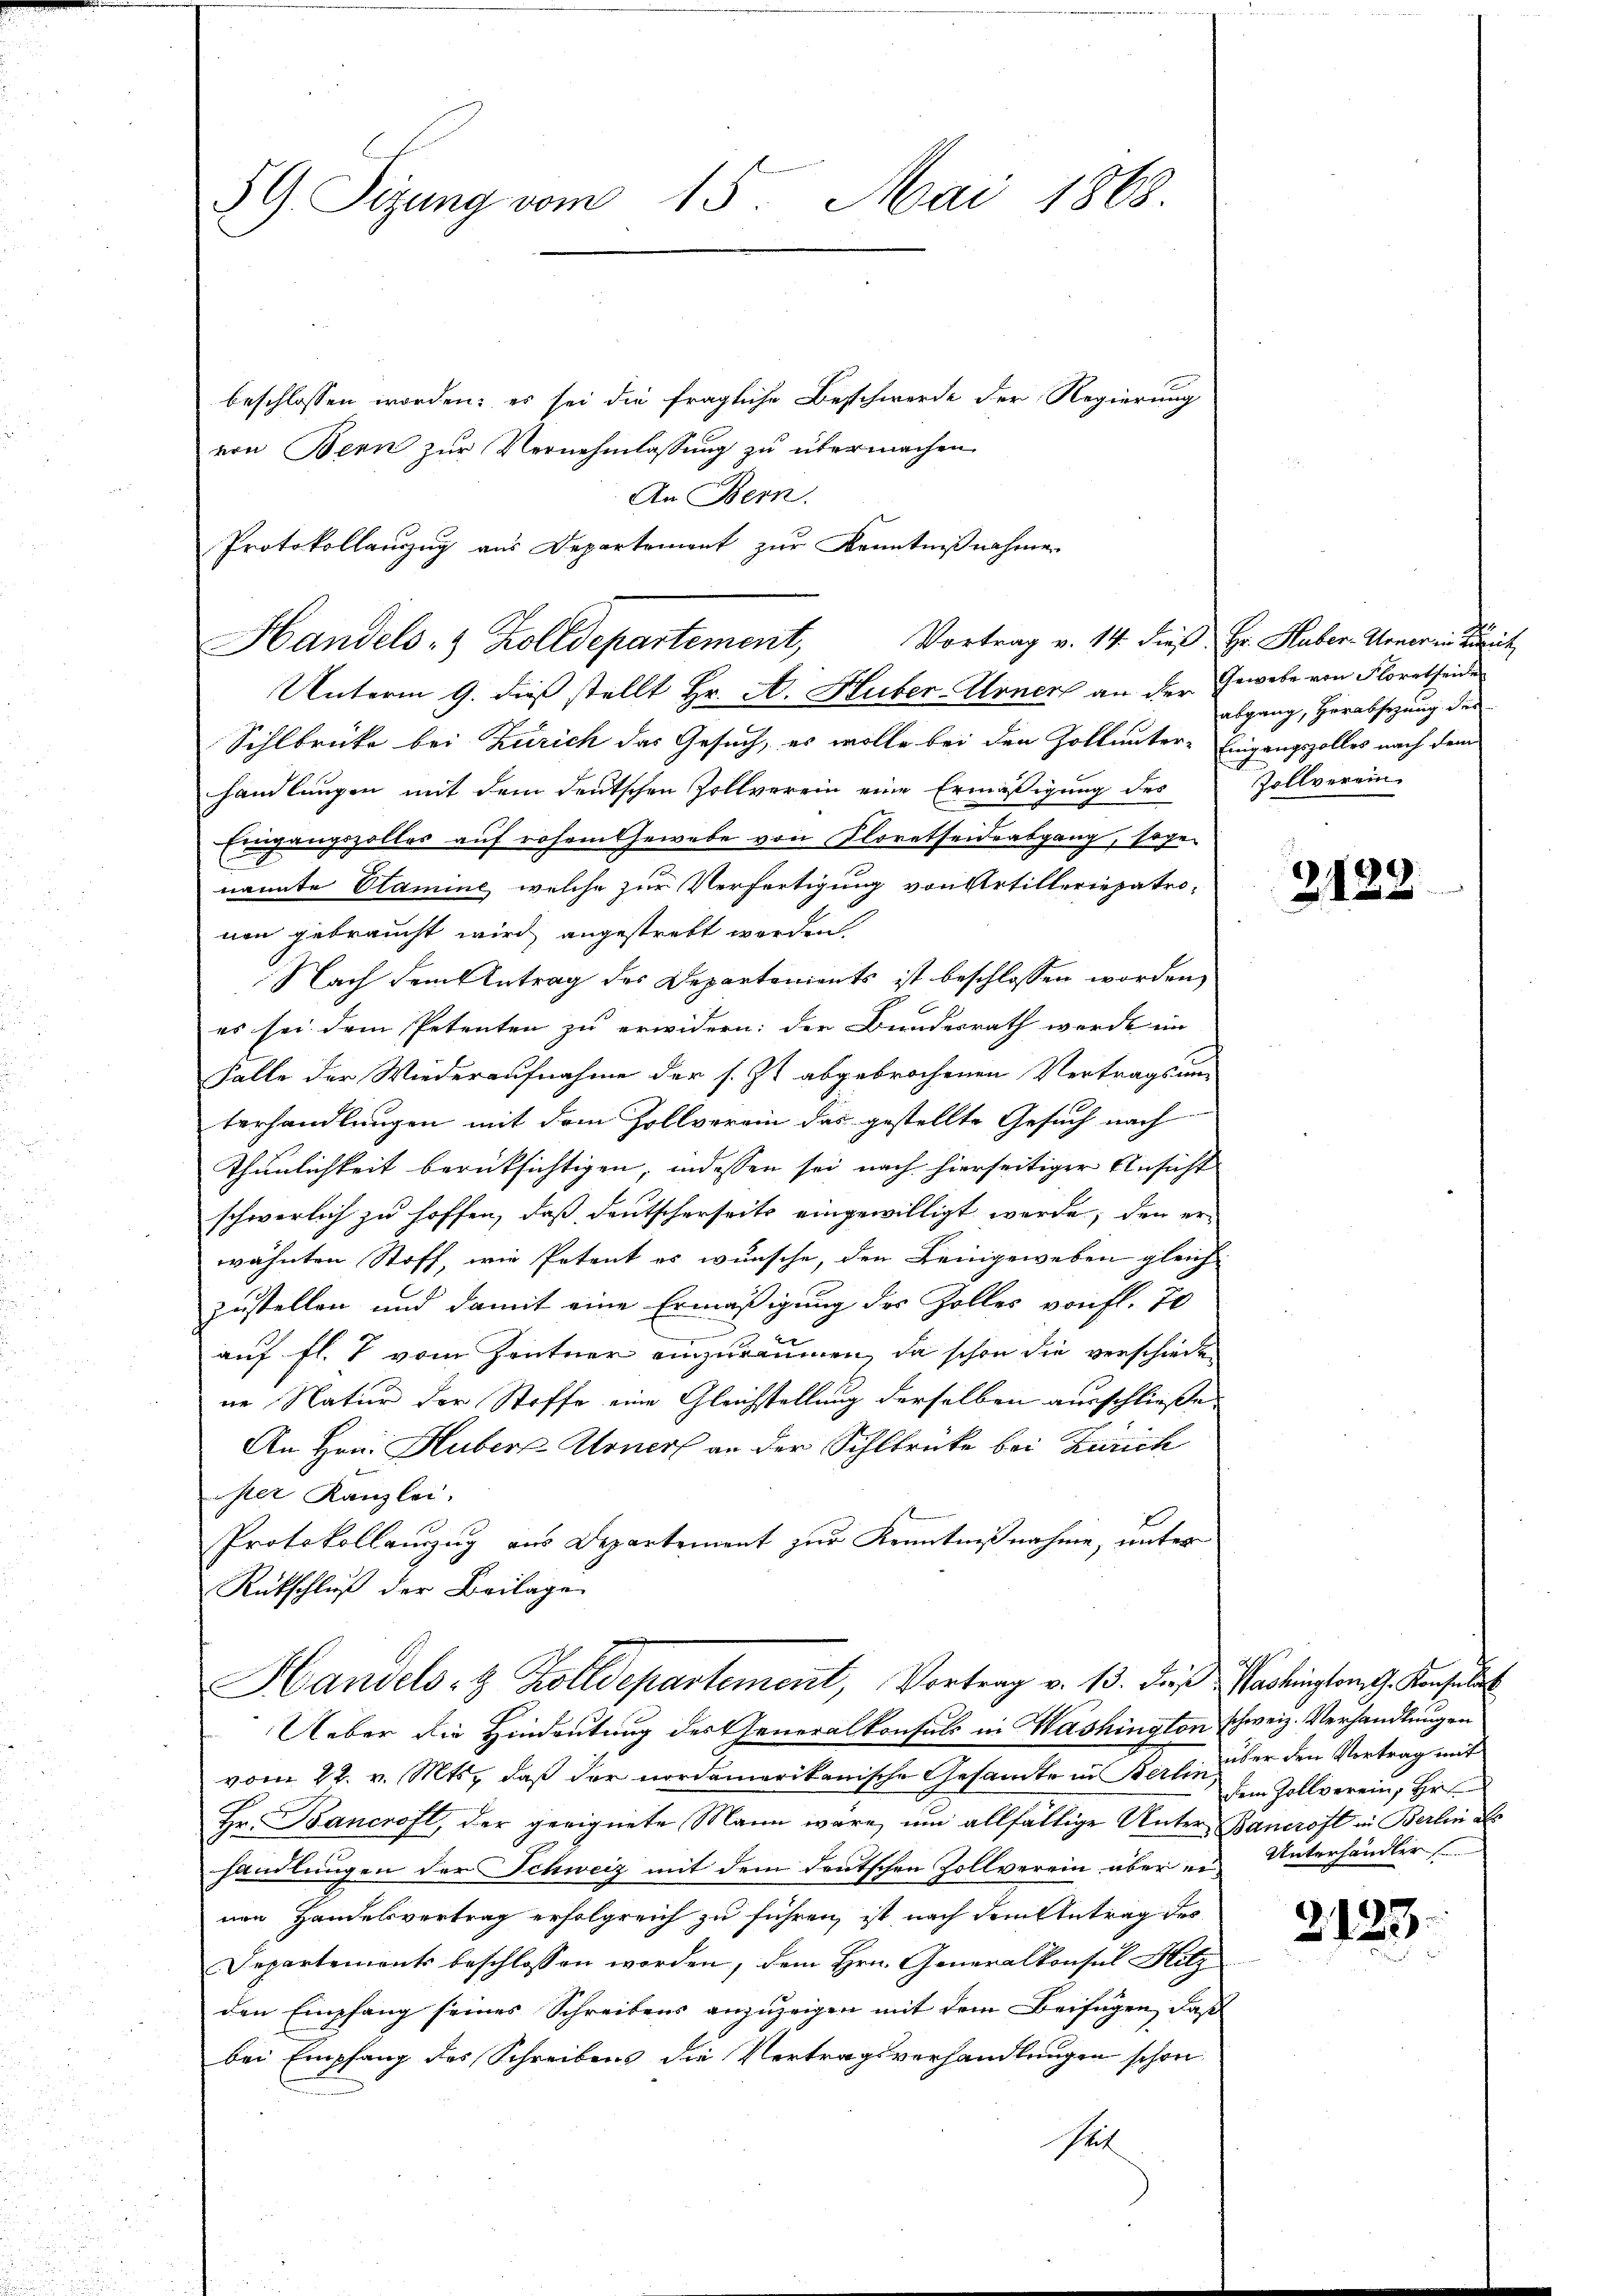
59. Sizung vom 15. Mai 1868
beschlossen worden; es sei die fragliche Beschwerde der Regierung
von Bern zur Vernehmlassung zu übermachen

Handels- & Zolldepartement, Vortrag v. 14. dieß Hr. Haber-Urner in Beit

An Bern.
Protokollanzug aus Departement zur Kenntnißnahme

Unterm 9. dieß stellt Hr. A. Huber-Urner an der Gewebe von Floratseide
Sihlbrücke bei Zürich das Gesuch, es wolle bei den Zoll unter-Eingangszolles nach dem
handlungen mit dem deutschen Zollverein eine Ermäßigung des
Eingangszolles auf rohem Gewebe von Floretheideabgang, soge-
nannte Stamine, welche zur Verfertigung von Artilleriepatronen gebraucht wird angestrebt werden.
Nach dem Antrag des Departements ist beschlossen worden,
E
E
es sei dem Petenten zu erwidern: der Bundesrath werde im
Falle der Wiederaufnahme der s. Z. abgebrochenen Vertragsum
terhandlungen mit dem Zollverein das gestellte Gesuch nach-
Thunlichkeit berücksichtigen, indessen sei nach hierseitiger Ansicht
schwerlich zu hoffen, daß deutscherseits eingewilligt werde, den er
wähnten Stoff, wie Petent es wünsche, den Leingeweben gleich
zustellen und damit eine Ermäßigung des Zolles von fl. 70
auf fl. 7 vom Zentner einzuräumen, da schon die verschieden
ne Natur der Stoffe eine Gleichstellung derselben ausschließe,
An Hrn. Hubert Moner an der Sihlbrücke bei Zürich
ister Kanzlei,
Protokollanzug aus Departement zur Kenntnißnahme, unter
Rückschluß der Beilage
Handels- & Zolldepartement, Vortrag v. 13. das Washington G. Konsult
Ueber die Hindeutung des Generalkonsuls in Washington schweiz. Verhandlungen
vom 22. v. Mts., daß der nordamerikanische Gesandte in Berlin, dem Zollverein, Hr
Hr. Bancroft, der geeignete Mann wäre, um allfällige Unter-Bancraft in Berlin al
handlungen der Schweiz mit dem deutschen Zollverein aber er Unterhändler
nen Handelsvertrag erfolgreich zu führen, ist nach dem Antrag des
Departements beschlossen worden, dem Hrn. Generalkonsul Hitz
den Empfang seines Schreibens anzuzeigen mit dem Beifügen, daß
bei Empfang des Schreibens die Vertragsverhandlungen schon
set

abgang, Herabsetzung des
Zollverein.

2129.

über den Vortrag mit

2123.